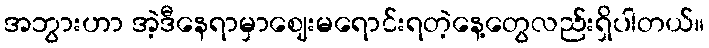
အဘွားဟာ အဲ့ဒီနေရာမှာဈေးမရောင်းရတဲ့နေ့တွေလည်းရှိပါတယ်။